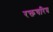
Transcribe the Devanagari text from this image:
रक्तचरित्र